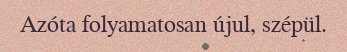
Azóta folyamatosan újul, szépül.